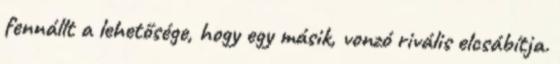
fennállt a lehetősége, hogy egy másik, vonzó rivális elcsábítja.